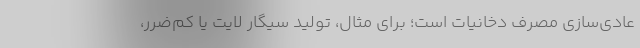
عادی‌سازی مصرف دخانیات است؛ برای مثال، تولید سیگار لایت یا کم‌ضرر،